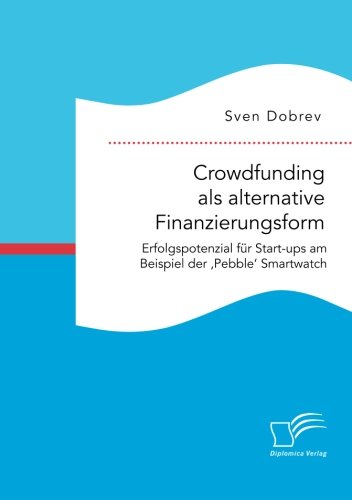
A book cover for Crowdfunding als alternative Finanzierungsform: Erfolgspotenzial fÃ¼r Start-ups am Beispiel der 'Pebble' Smartwatch (German Edition); Sven Dobrev; Business & Money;